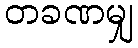
တခဏမျှ